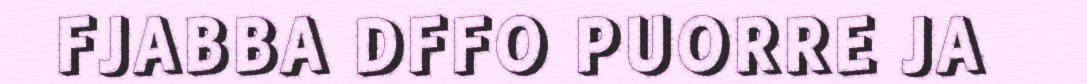
FJABBA DFFO PUORRE JA